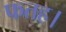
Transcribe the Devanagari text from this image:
फतह।